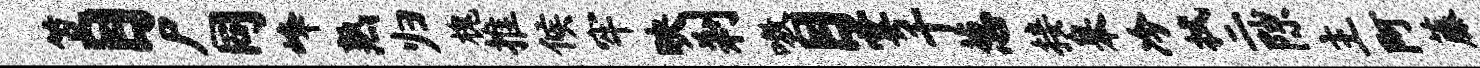
笠目尸同峰熟归槐推候牢映刹嗷目霎千葱接皋冷拭二隙主阿藤